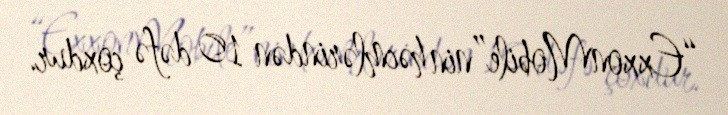
“ExxonMobile”nin həcmlərindən 10 dəfə çoxdur.